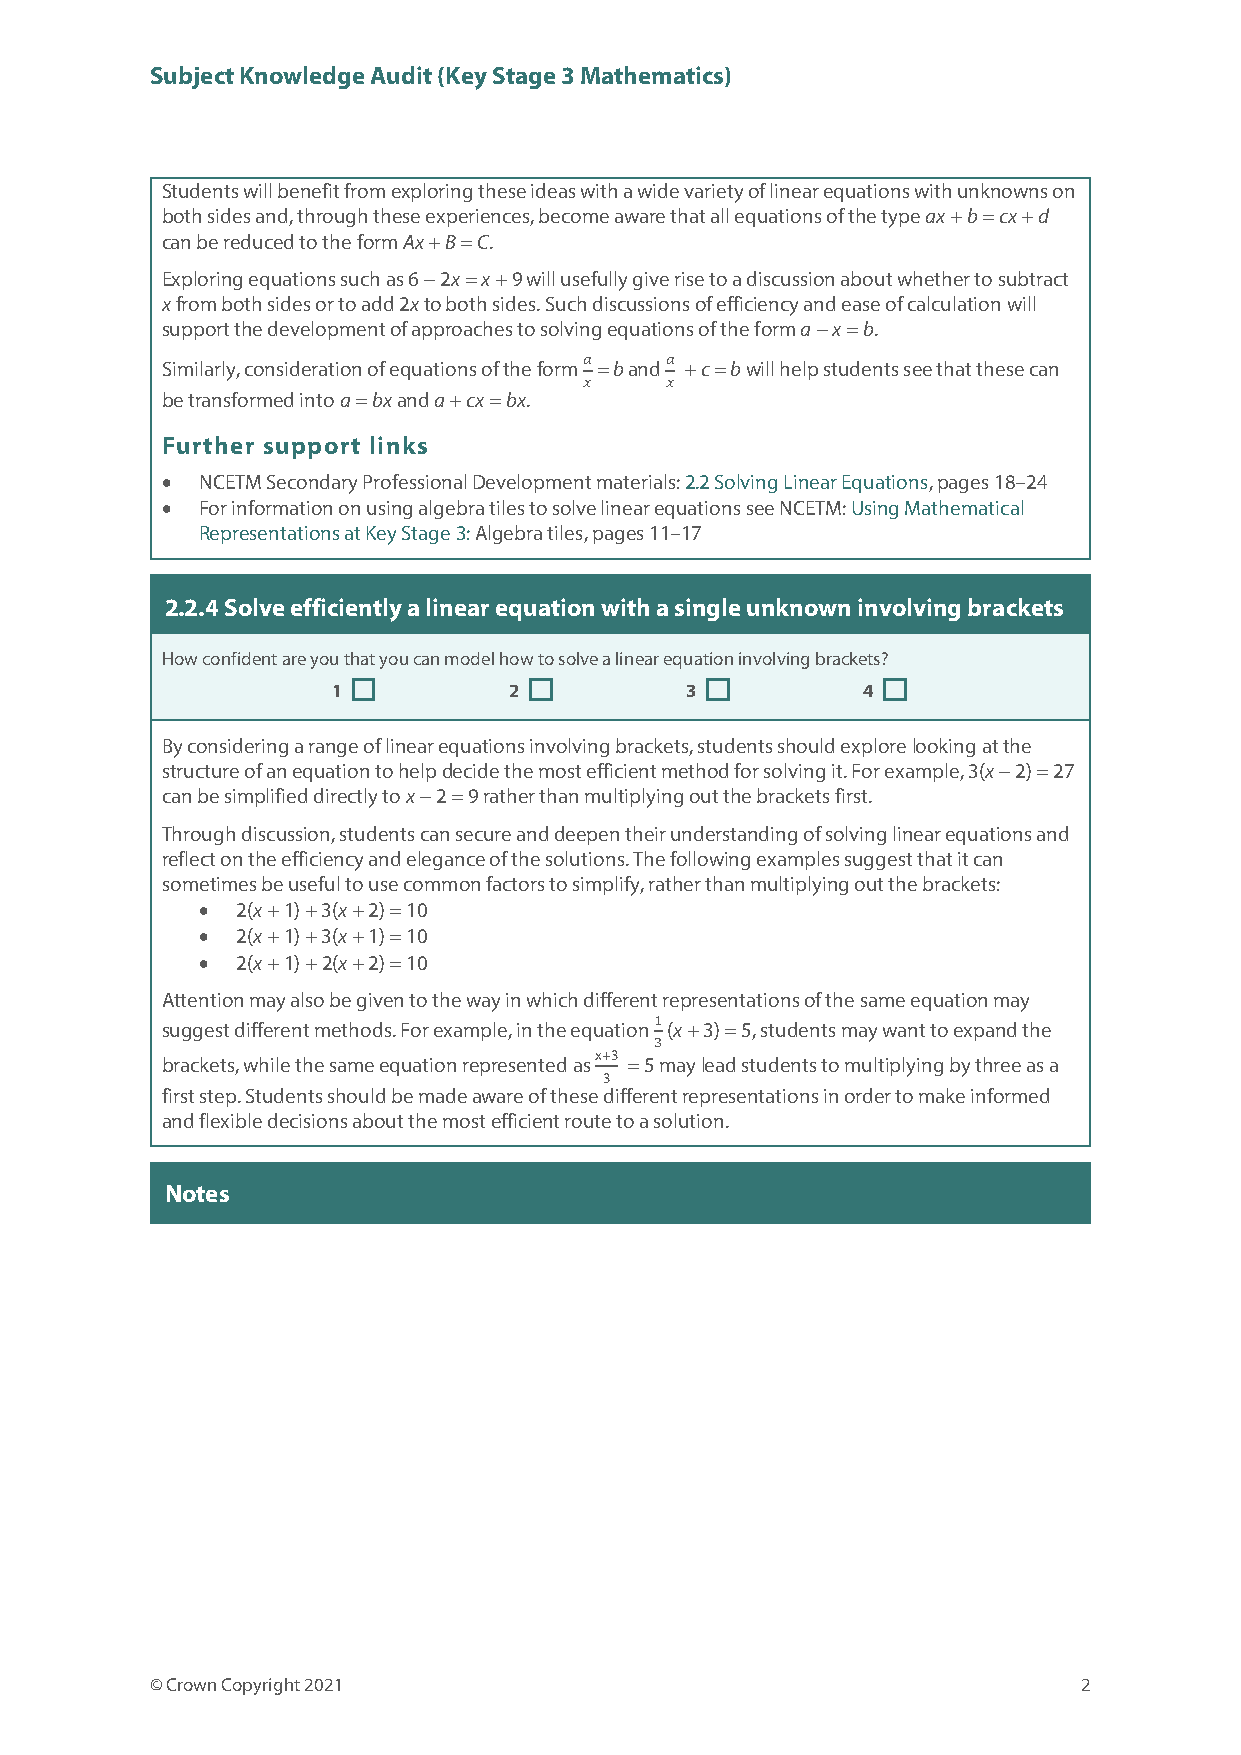
Subject Knowledge Audit (Key Stage 3 Mathematics)
 Students will benefit from exploring these ideas with a wide variety of linear equations with unknowns on
 both sides and, through these experiences, become aware that all equations of the type ax + b = cx + d
 can be reduced to the form Ax + B = C.
 Exploring equations such as 6 − 2x = x + 9 will usefully give rise to a discussion about whether to subtract
 x from both sides or to add 2x to both sides. Such discussions of efficiency and ease of calculation will
 support the development of approaches to solving equations of the form a − x = b.
 Similarly, consideration of equations of the form = b and + c = b will help students see that these can
 be transformed into a = bx and a + cx = bx. 𝑎𝑎 𝑎𝑎
 𝑥𝑥   𝑥𝑥
 Further support links
 • NCETM Secondary Professional Development materials: 2.2 Solving Linear Equations, pages 18–24
 • For information on using algebra tiles to solve linear equations see NCETM: Using Mathematical
 Representations at Key Stage 3: Algebra tiles, pages 11–17
 2.2.4 Solve efficiently a linear equation with a single unknown involving brackets
 How confident are you that you can model how to solve a linear equation involving brackets?
 1           2          3           4
 ☐           ☐           ☐          ☐
 By considering a range of linear equations involving brackets, students should explore looking at the
 structure of an equation to help decide the most efficient method for solving it. For example, 3(x − 2) = 27
 can be simplified directly to x − 2 = 9 rather than multiplying out the brackets first.
 Through discussion, students can secure and deepen their understanding of solving linear equations and
 reflect on the efficiency and elegance of the solutions. The following examples suggest that it can
 sometimes be useful to use common factors to simplify, rather than multiplying out the brackets:
 •  2(x + 1) + 3(x + 2) = 10
 •  2(x + 1) + 3(x + 1) = 10
 •  2(x + 1) + 2(x + 2) = 10
 Attention may also be given to the way in which different representations of the same equation may
 suggest different methods. For example, in the equation (x + 3) = 5, students may want to expand the
 x+3 1
 brackets, while the same equation represented as = 5 may lead students to multiplying by three as a
 3  3
 first step. Students should be made aware of these different representations in order to make informed
 and flexible decisions about the most efficient route to a solution.
 Notes
 © Crown Copyright 2021                                        2